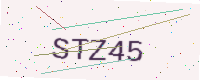
Text: STZ45